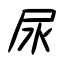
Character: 尿